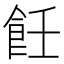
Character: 飪